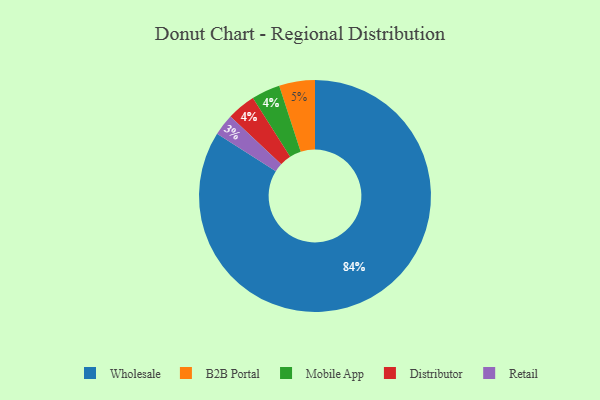
{"axis": {"x": "Category", "y": "Percentage"}, "legend": ["B2B Portal", "Distributor", "Mobile App", "Retail", "Wholesale"], "data": [{"x": "B2B Portal", "y": 5, "type": "B2B Portal"}, {"x": "Mobile App", "y": 4, "type": "Mobile App"}, {"x": "Retail", "y": 3, "type": "Retail"}, {"x": "Distributor", "y": 4, "type": "Distributor"}, {"x": "Wholesale", "y": 84, "type": "Wholesale"}]}